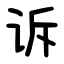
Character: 诉